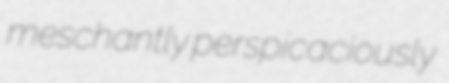
meschantly perspicaciously